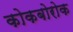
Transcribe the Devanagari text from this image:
कोकबोरोक